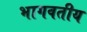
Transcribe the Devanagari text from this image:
भागवतीय